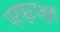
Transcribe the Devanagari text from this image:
प्राहुरद्भुतां